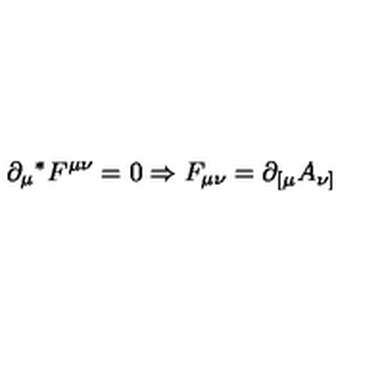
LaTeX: \partial _ { \mu } { } ^ { * } F ^ { \mu \nu } = 0 \Rightarrow F _ { \mu \nu } = \partial _ { [ \mu } A _ { \nu ] }